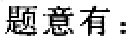
题意有：